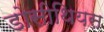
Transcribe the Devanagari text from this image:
डोसीथियस